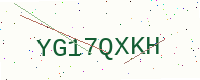
Text: YG17QXKH